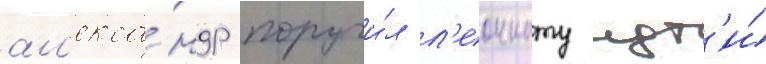
ал'екса́ндр поручи́л л'еоннату идт'и́